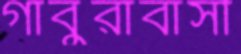
গাবুরাবাসী